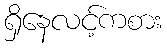
ရှိနေလင့်ကစား